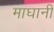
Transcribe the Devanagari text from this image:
माघानी